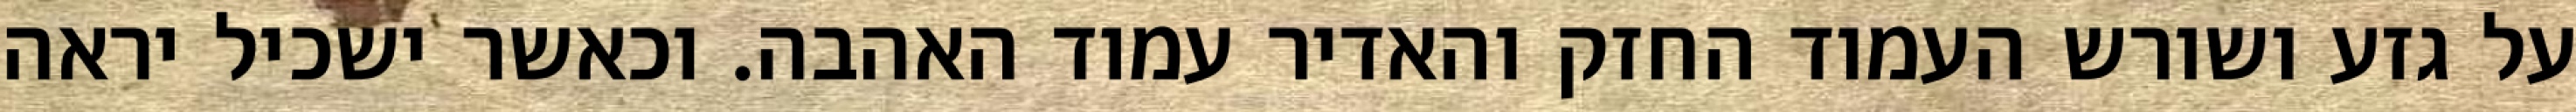
על גזע ושורש העמוד החזק והאדיר עמוד האהבה. וכאשר ישכיל יראה